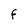
Character: F